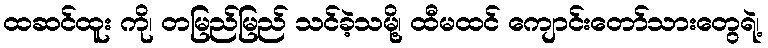
ထဆင်ထူး ကို၊ တမြည်မြည် သင်ခဲ့သမို့၊ ထီမထင် ကျောင်းတော်သားတွေရဲ့၊